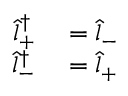
\begin{array} { r l } { \hat { l } _ { + } ^ { \dagger } } & { { } = \hat { l } _ { - } } \\ { \hat { l } _ { - } ^ { \dagger } } & { { } = \hat { l } _ { + } } \end{array}